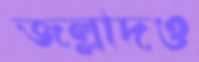
জল্লাদও